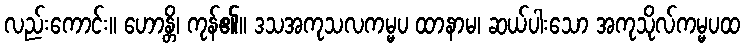
လည်းကောင်း။ ဟောန္တိ၊ ကုန်၏။ ဒသအကုသလကမ္မပ ထာနာမ၊ ဆယ်ပါးသော အကုသိုလ်ကမ္မပထ